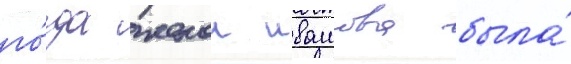
го́да женои ивашова была́